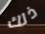
ذلك